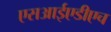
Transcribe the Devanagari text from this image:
एसआईएडीएच